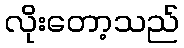
လိုးတော့သည်